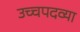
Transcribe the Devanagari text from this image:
उच्चपदव्या